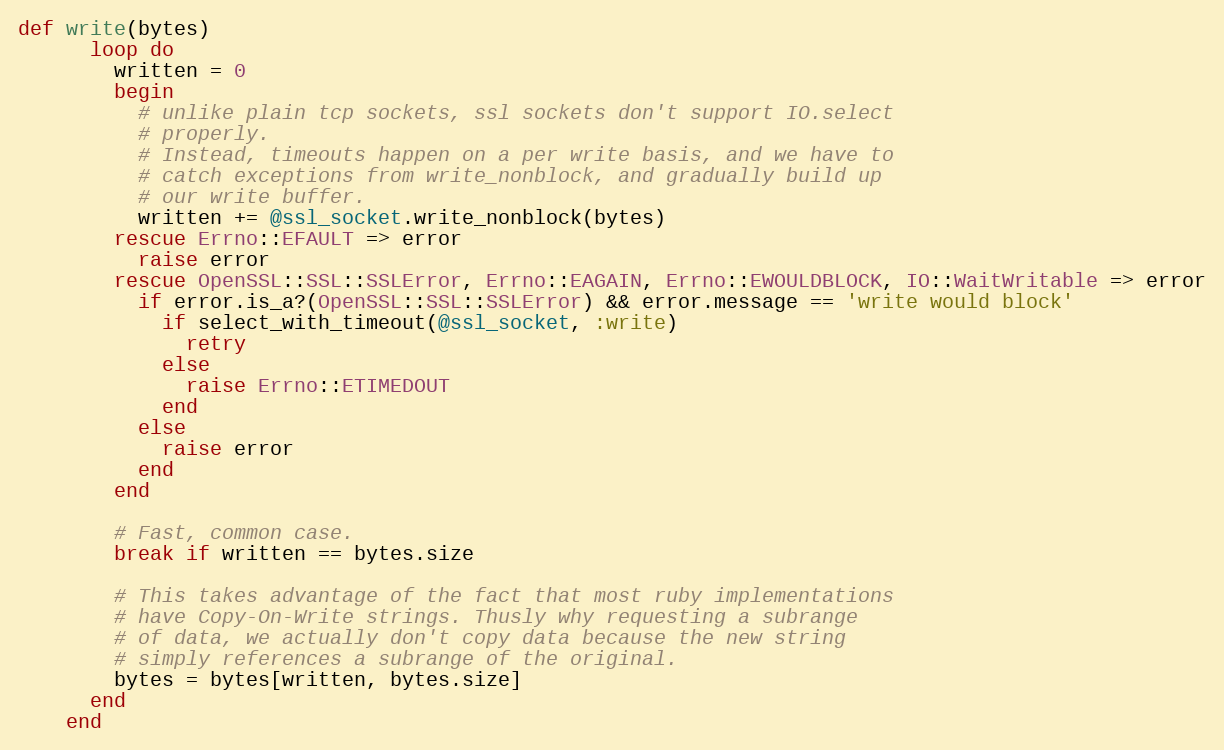
Language: Ruby
def write(bytes)
      loop do
        written = 0
        begin
          # unlike plain tcp sockets, ssl sockets don't support IO.select
          # properly.
          # Instead, timeouts happen on a per write basis, and we have to
          # catch exceptions from write_nonblock, and gradually build up
          # our write buffer.
          written += @ssl_socket.write_nonblock(bytes)
        rescue Errno::EFAULT => error
          raise error
        rescue OpenSSL::SSL::SSLError, Errno::EAGAIN, Errno::EWOULDBLOCK, IO::WaitWritable => error
          if error.is_a?(OpenSSL::SSL::SSLError) && error.message == 'write would block'
            if select_with_timeout(@ssl_socket, :write)
              retry
            else
              raise Errno::ETIMEDOUT
            end
          else
            raise error
          end
        end

        # Fast, common case.
        break if written == bytes.size

        # This takes advantage of the fact that most ruby implementations
        # have Copy-On-Write strings. Thusly why requesting a subrange
        # of data, we actually don't copy data because the new string
        # simply references a subrange of the original.
        bytes = bytes[written, bytes.size]
      end
    end